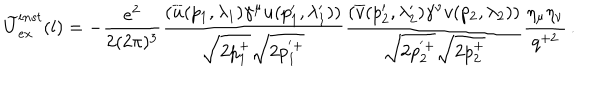
\widetilde U _ { e x } ^ { i n s t } ( l ) = - \frac { e ^ { 2 } } { 2 ( 2 \pi ) ^ { 3 } } \frac { ( \overline { { u } } ( p _ { 1 } , \lambda _ { 1 } ) \gamma ^ { \mu } u ( p _ { 1 } ^ { \prime } , \lambda _ { 1 } ^ { \prime } ) ) } { \sqrt { 2 p _ { 1 } ^ { + } } \sqrt { 2 p _ { 1 } ^ { ' + } } } \frac { ( \overline { { v } } ( p _ { 2 } ^ { \prime } , \lambda _ { 2 } ^ { \prime } ) \gamma ^ { \nu } v ( p _ { 2 } , \lambda _ { 2 } ) ) } { \sqrt { 2 p _ { 2 } ^ { ' + } } \sqrt { 2 p _ { 2 } ^ { + } } } \frac { \eta _ { \mu } \eta _ { \nu } } { q ^ { + 2 } } \, .